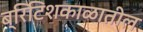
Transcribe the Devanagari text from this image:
ब्रिटिशकाळातील